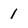
Character: 1